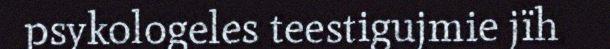
psykologeles teestigujmie jïh